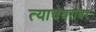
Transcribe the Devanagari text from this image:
त्याचेबरोबर